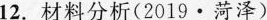
12.材料分析